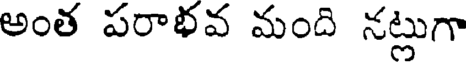
అంత పరాభవ మంది నట్లుగా